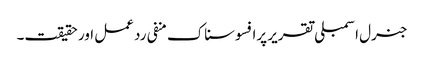
جنرل اسمبلی تقریر پرافسوسناک منفی رد عمل اور حقیقت۔